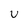
Character: U